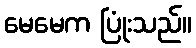
မေမေက ပြုံးသည်။